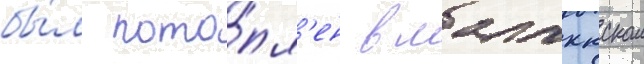
бы́л пото́пл'ен в малаккском